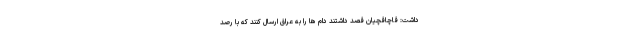
داشت: قاچاقچیان قصد داشتند دام ها را به عراق ارسال کنند که با رصد